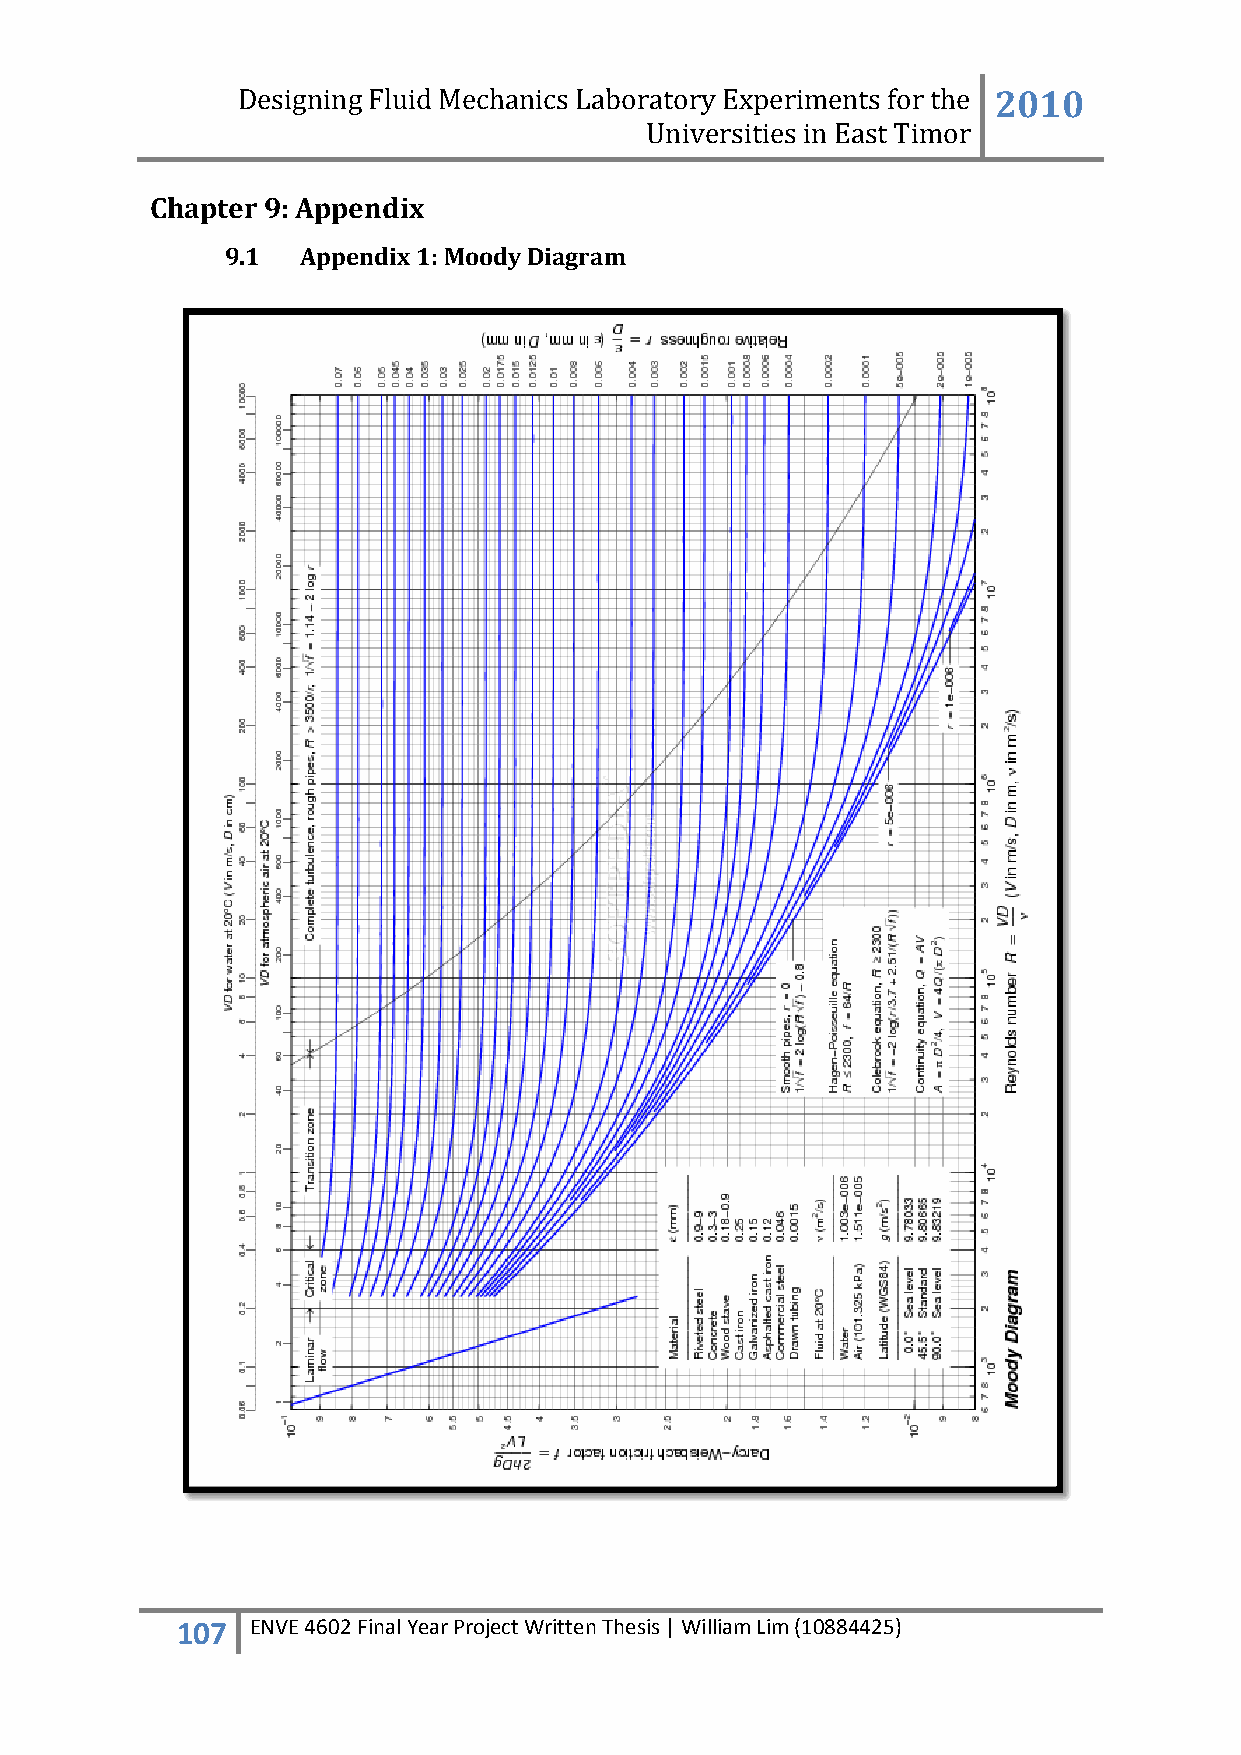
Designing Fluid Mechanics Laboratory Experiments for the 2010
 Universities in East Timor
 Chapter 9: Appendix
 9.1  Appendix 1: Moody Diagram
 107  ENVE 4602 Final Year Project Written Thesis | William Lim (10884425)